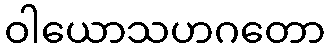
ဝါယောသဟဂတော